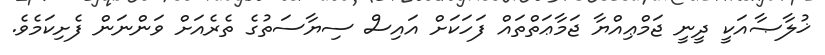
ޚުލާޞާއަކީ ދީނީ ޖަމްޢިއްޔާ ޖަމާޢަތްތައް ފަހަކަށް އައިސް ސިޔާސަތުގެ ތެރެއަށް ވަންނަން ފެށިކަމެވެ.